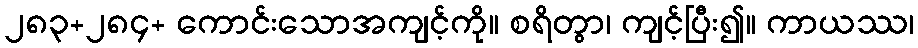
၂၈၃+၂၈၄+ ကောင်းသောအကျင့်ကို။ စရိတွာ၊ ကျင့်ပြီး၍။ ကာယဿ၊